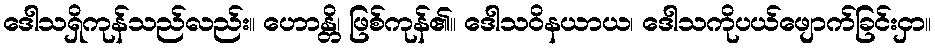
ဒေါသရှိကုန်သည်လည်း။ ဟောန္တိ၊ ဖြစ်ကုန်၏။ ဒေါသဝိနယာယ၊ ဒေါသကိုပယ်ဖျောက်ခြင်းငှာ။